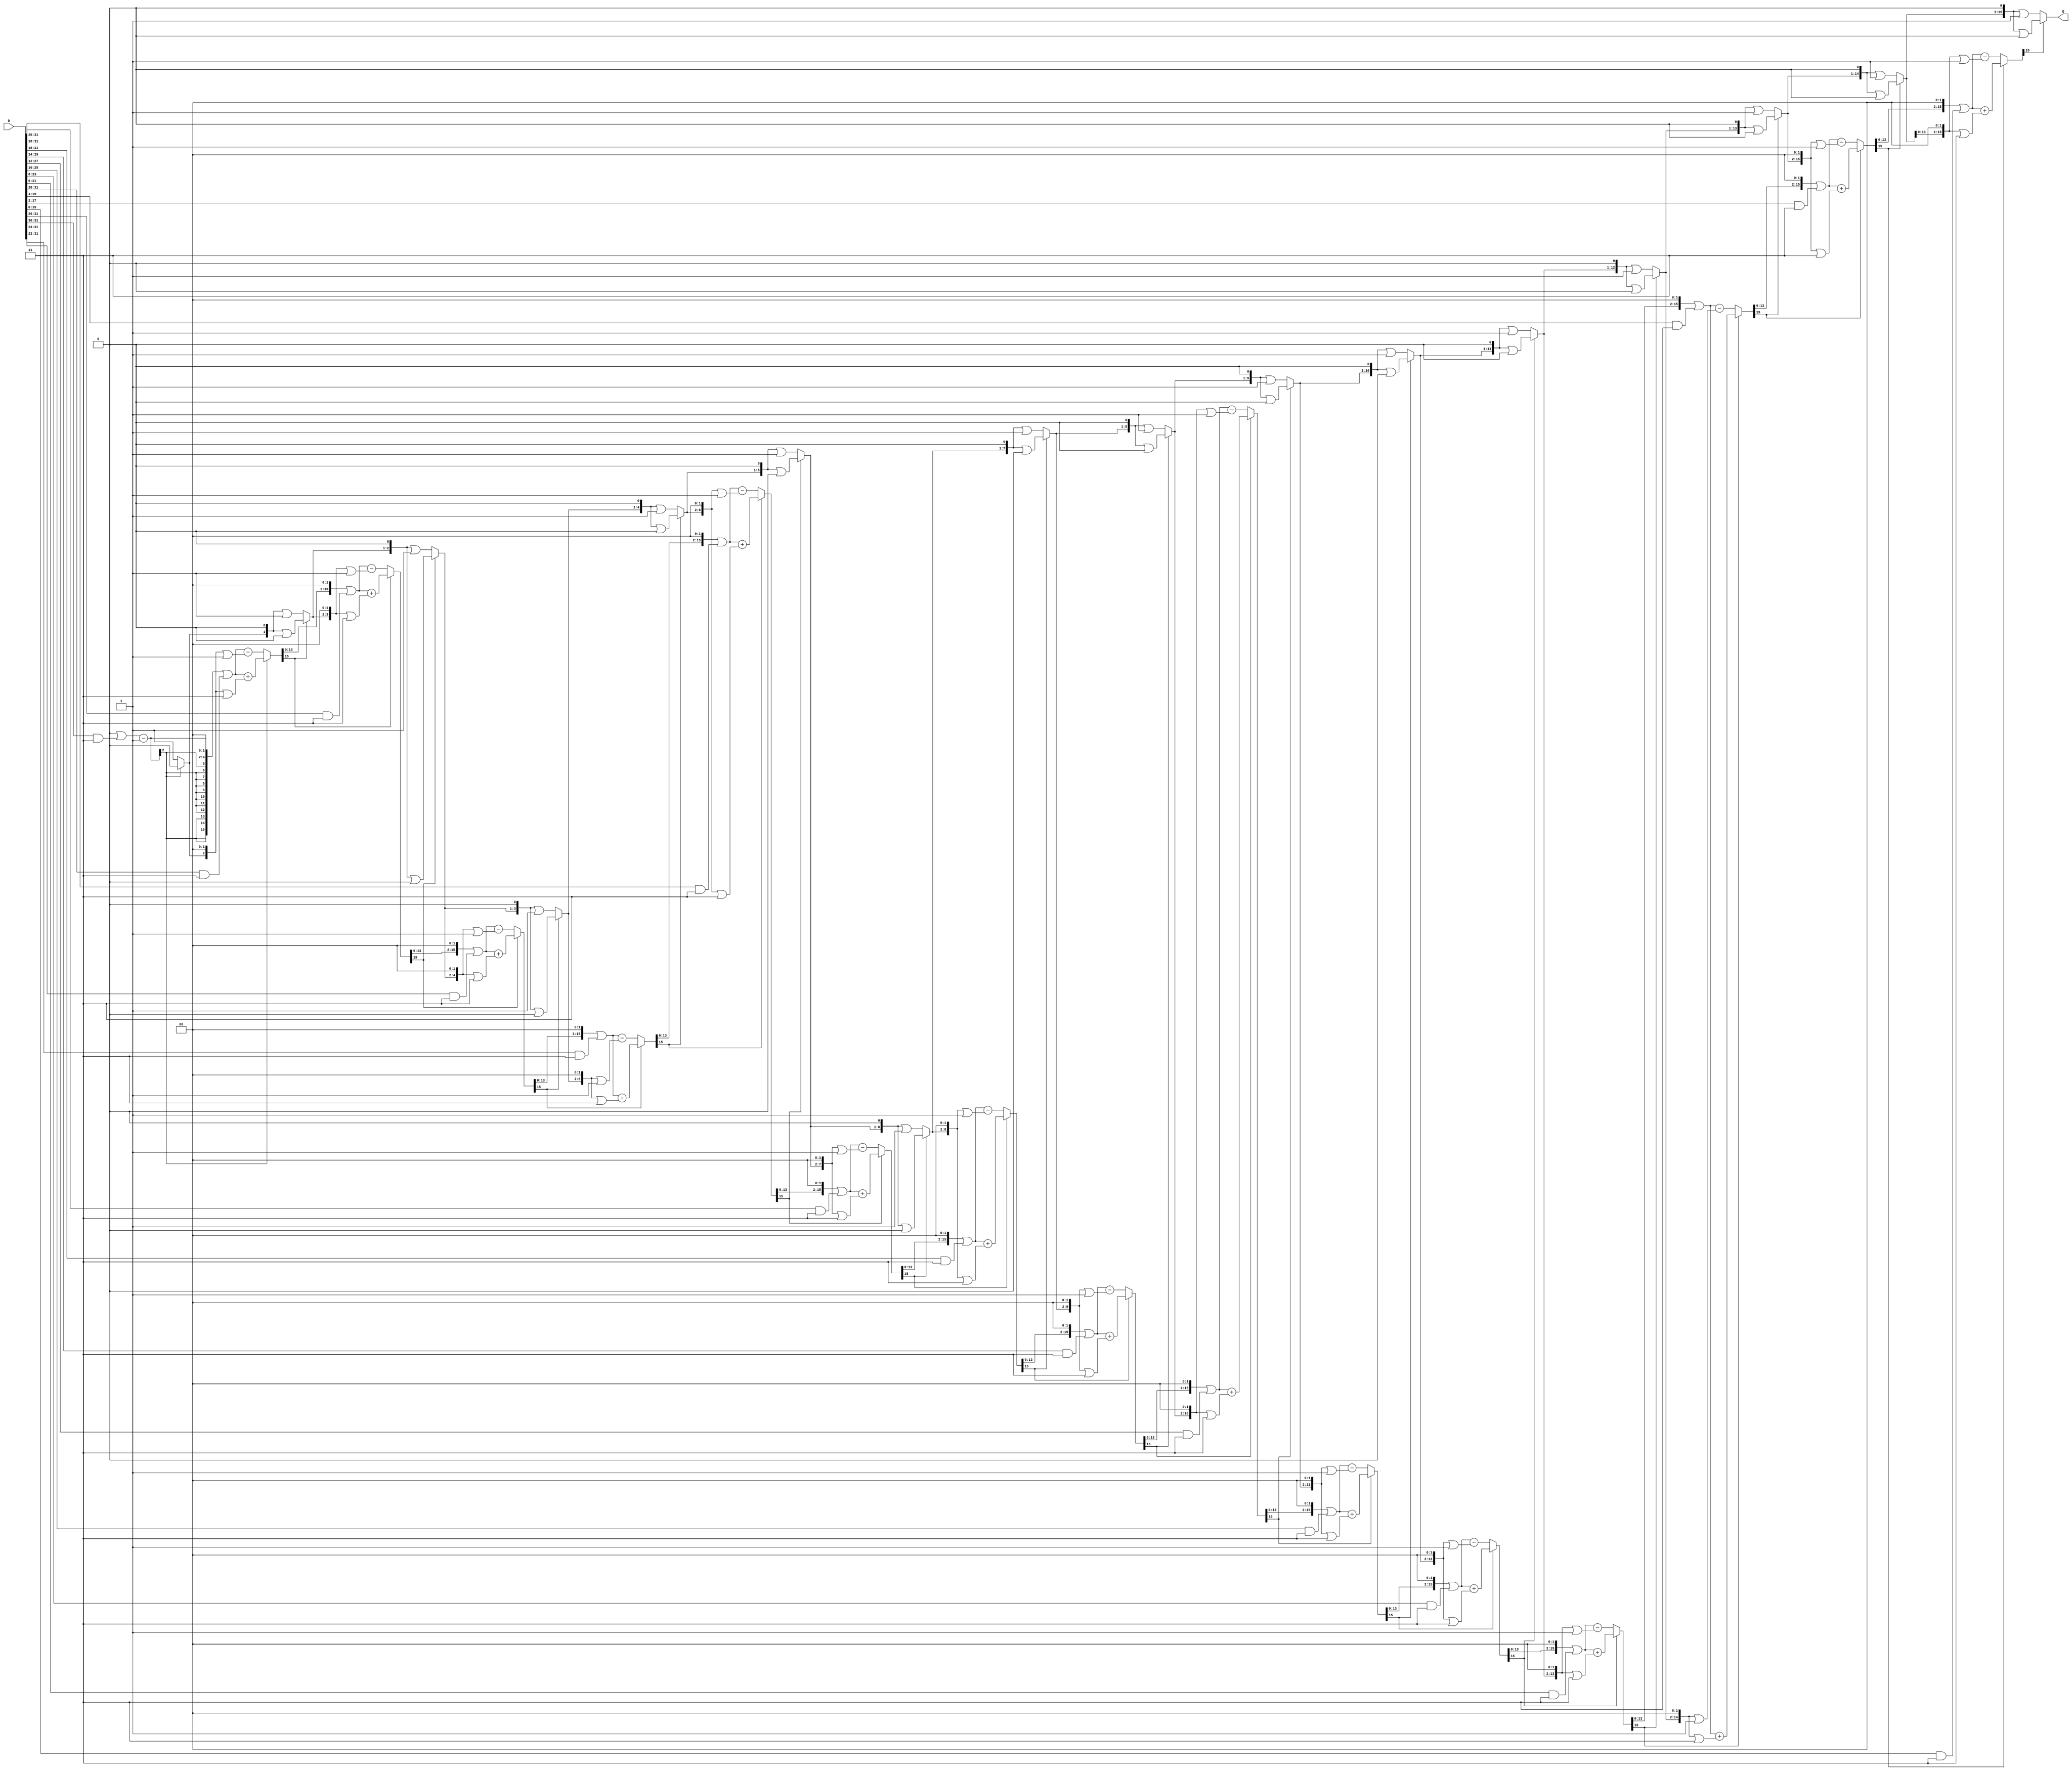
`timescale 1ns / 1ps
//////////////////////////////////////////////////////////////////////////////////
// Company: 
// Engineer: 
// 
// Design Name: 
// Module Name: SQRT
// Project Name: 
// Target Devices: 
// Tool Versions: 
// Description: 
// 
// Dependencies: 
// 
// Revision:
// Revision 0.01 - File Created
// Additional Comments:
// 
//////////////////////////////////////////////////////////////////////////////////


module SQRT #(
    parameter DATA_WIDTH = 32,
    parameter RESULT_WIDTH = DATA_WIDTH/2
    )(
    output [RESULT_WIDTH-1:0] Q,
    input [DATA_WIDTH-1:0] D
    );
    
    wire [RESULT_WIDTH-1:0] r [0:RESULT_WIDTH];
    wire [RESULT_WIDTH-1:0] q [0:RESULT_WIDTH];
    
    genvar i;
    assign r[RESULT_WIDTH] = 0;
    assign q[RESULT_WIDTH] = 0;
    assign Q = q[0];
    generate for (i=RESULT_WIDTH-1; i>=0; i=i-1) begin
        assign r[i] = r[i+1][RESULT_WIDTH-1] == 0 ? 
            ((r[i+1] << 2) | ((D>>(i+i)) & 3)) - ((q[i+1] << 2) | 1) :
            ((r[i+1] << 2) | ((D>>(i+i)) & 3)) + ((q[i+1] << 2) | 3);
        assign q[i] = r[i][RESULT_WIDTH-1] == 0 ? 
            (q[i+1]<<1) | 1 :
            (q[i+1]<<1) | 0;
    end endgenerate
    
endmodule